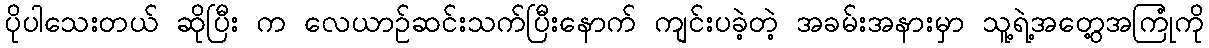
ပိုပါသေးတယ် ဆိုပြီး က လေယာဉ်ဆင်းသက်ပြီးနောက် ကျင်းပခဲ့တဲ့ အခမ်းအနားမှာ သူ့ရဲ့အတွေ့အကြုံကို